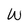
Character: w